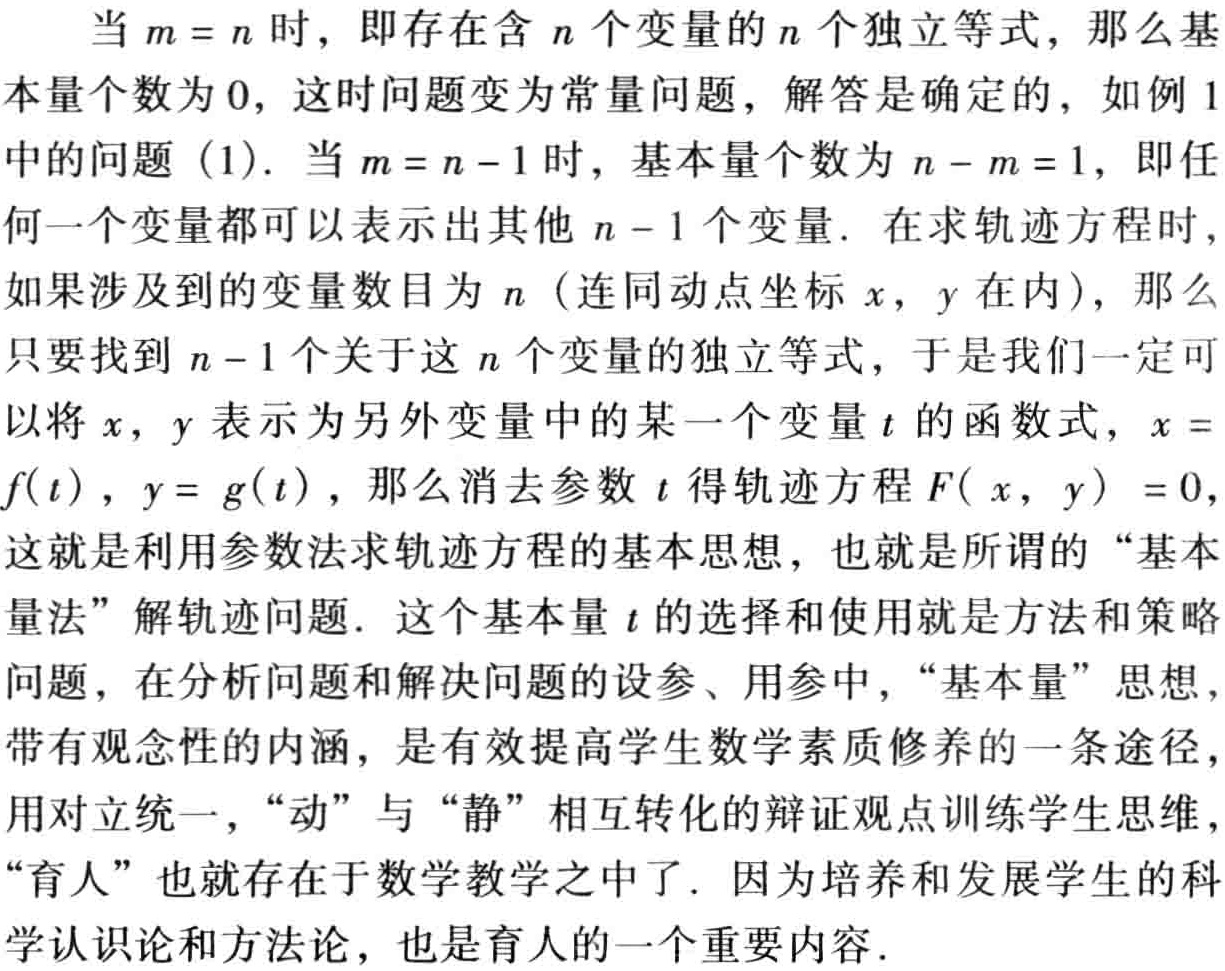
当 \(m = n\) 时，即存在含 \(n\) 个变量的 \(n\) 个独立等式，那么基本量个数为 \(0\)，这时问题变为常量问题，解答是确定的，如例 \(1\) 中的问题 \((1)\)。当 \(m = n - 1\) 时，基本量个数为 \(n - m = 1\)，即任何一个变量都可以表示出其他 \(n - 1\) 个变量。在求轨迹方程时，如果涉及到的变量数目为 \(n\)（连同动点坐标 \(x\)，\(y\) 在内），那么只要找到 \(n - 1\) 个关于这 \(n\) 个变量的独立等式，于是我们一定可以将 \(x\)，\(y\) 表示为另外变量中的某一个变量 \(t\) 的函数式，\(x = f(t)\)，\(y = g(t)\)，那么消去参数 \(t\) 得轨迹方程 \(F(x,y)=0\)，这就是利用参数法求轨迹方程的基本思想，也就是所谓的“基本量法”解轨迹问题。这个基本量 \(t\) 的选择和使用就是方法和策略问题，在分析问题和解决问题的设参、用参中，“基本量”思想，带有观念性的内涵，是有效提高学生数学素质修养的一条途径，用对立统一，“动”与“静”相互转化的辩证观点训练学生思维，“育人”也就存在于数学教学之中了。因为培养和发展学生的科学认识论和方法论，也是育人的一个重要内容。